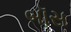
બૉસ